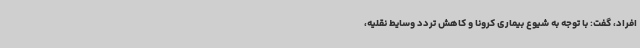
افراد، گفت: با توجه به شیوع بیماری کرونا و کاهش تردد وسایط نقلیه،